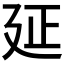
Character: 𢌛